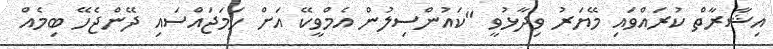
އިޝާރާތް ކުރައްވައި މޭޔަރު ވިދާޅުވީ "ކައުންސިލުން އެމްވީކޭ އަށް ހަމަޖައްސައި ދޭންޖެހޭ ބިމެއް